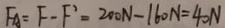
F _ { A } = F - F ^ { \prime } = 2 0 0 N - 1 6 0 N = 4 0 N